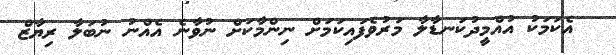
އެކަމަކު އުއްމީދުކަނޑާލާ މަރުވެފައިކަމަށް ނިންމާކަށް ނުވާނެ އެއްނު ނުބަލާ ރިޔާޒް